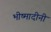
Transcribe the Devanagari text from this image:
भीष्मादीनी